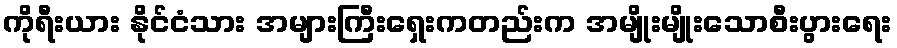
ကိုရီးယား နိုင်ငံသား အများကြီးရှေးကတည်းက အမျိုးမျိုးသောစီးပွားရေး